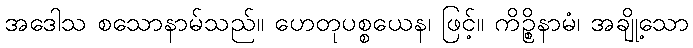
အဒေါသ စသောနာမ်သည်။ ဟေတုပစ္စယေန၊ ဖြင့်။ ကိဉ္စိနာမံ၊ အချို့သော